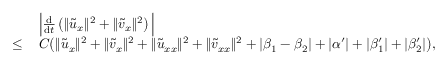
\begin{array} { r l } & { \, \Big | \frac { \mathrm { d } } { \mathrm { d } t } \left( \| \tilde { u } _ { x } \| ^ { 2 } + \| \tilde { v } _ { x } \| ^ { 2 } \right) \Big | } \\ { \le } & { \, C \big ( \| \tilde { u } _ { x } \| ^ { 2 } + \| \tilde { v } _ { x } \| ^ { 2 } + \| \tilde { u } _ { x x } \| ^ { 2 } + \| \tilde { v } _ { x x } \| ^ { 2 } + | \beta _ { 1 } - \beta _ { 2 } | + | \alpha ^ { \prime } | + | \beta _ { 1 } ^ { \prime } | + | \beta _ { 2 } ^ { \prime } | \big ) , } \end{array}